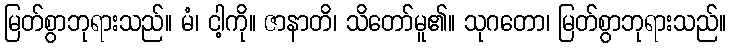
မြတ်စွာဘုရားသည်။ မံ၊ ငါ့ကို။ ဇာနာတိ၊ သိတော်မူ၏။ သုဂတော၊ မြတ်စွာဘုရားသည်။